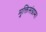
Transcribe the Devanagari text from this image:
मुक्तिसंग्राम।